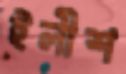
ইলীশ